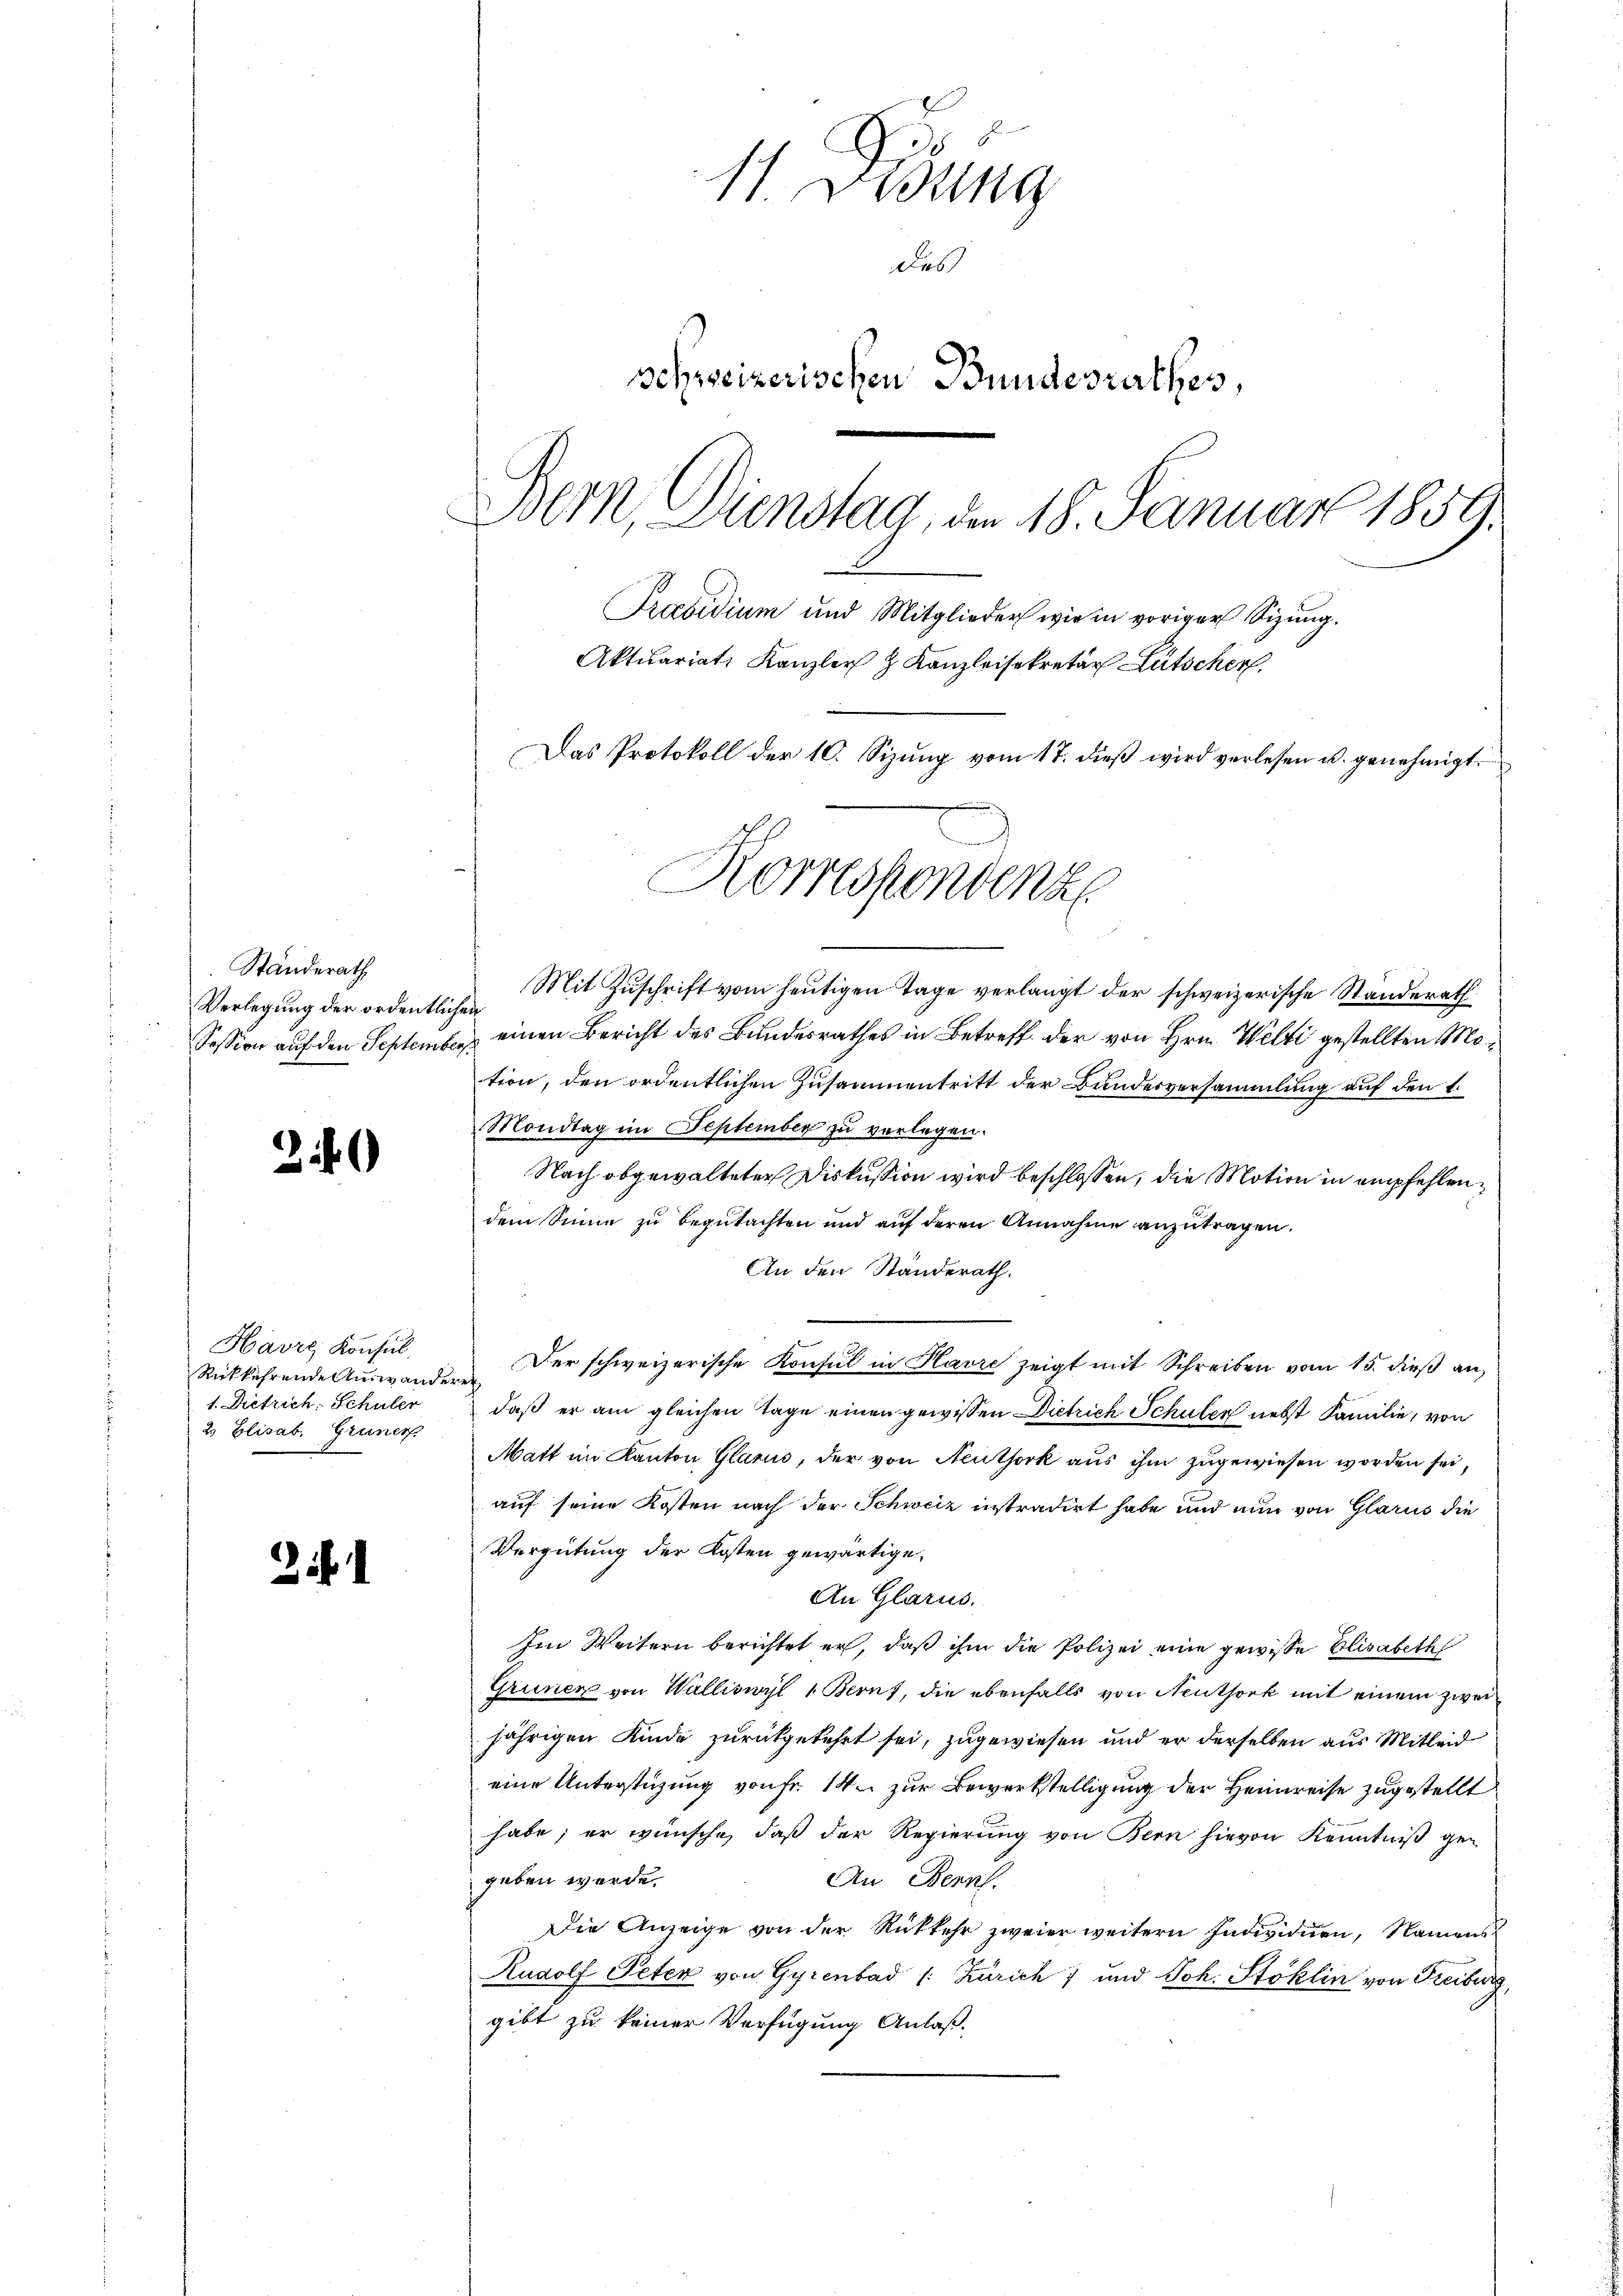
Standerath,
Verlegung der ordentlichen

2

Havre Konsul
Rückkehrende Auswanderen
1. Dietrich, Schüler
2 Elisab. Gruner

2

11. Debung
des
schweizerischen Bundesrathes,
Bern, Dienstag, den 18. Januar 1859.
2
Praesidium und Mitglieder wie in voriger Sizung.
Aktuariats Kanzler & Kanzleisekretär Lütscher
Das Protokoll der 10. Sizŭng vom 17. dieβ wird verlesen u. genehmigt.
Korrespondenz

Mit Zuschrift vom heutigen Tage verlangt der schweizerische Standerath
Session auf den September einen Bericht des Bundesrathes in Betreff der von Hrn. Welti gestellten Motion, den ordentlichen Zusammentritt der Bundesversammlung auf den 1.
Mondtag im September zu vorlegen.
Nach abgewalteter Diskussion wird beschlossen, die Motion in empfehlendem Sinne zu begutachten und auf deren Annahme anzutragen.
An den Standerath.
Der schweizerische Konsul in Havre zeigt mit Schreiben vom 15. dieß an,
daß er am gleichen Tage einen gewissen Dietrich Schulen nebst Familie, von
Matt im Kanton Glarus, der von Neuthork aus ihm zugewiesen worden sei,
auf seine Kosten nach der Schweiz instradirt habe und nun von Glarus die
Vergütung der Kosten gewärtige,
An Glarus.
Im Weitern berichtet er, daß ihm die Polizei eine gewisse Elisabeth
Grünen von Walliswyl 1 Bern, die ebenfalls von Neuthork mit einem zwei
jährigen Kinde zurückgekehrt sei, zugewiesen und er derselben aus Mitleid
eine Unterstüzung von Fr. 14 zur Bewerkstelligung der Heimreise zugestellt
habe; er wünsche, daß der Regierung von Bern hievon Kenntniß gegeben werde.
An Bern.
Die Anzeige von der Rückkehr zweier weitern Individuen, Namens
Rudolf Peten von Gyrenbad /: Zürich 7 und Joh. Stoklin von Freiburg,
gibt zu keiner Verfügung Anlaß.